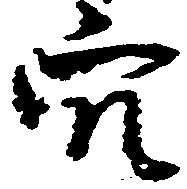
穴